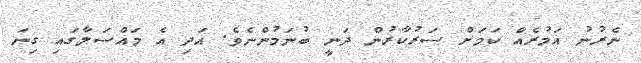
ނެރުނު އަމުރެއް ކަމަށް ސަރުކާރުން ދަނީ ބުނަމުންނެވެ. އަދި އެ މައްސަލާގައި ގިނަ